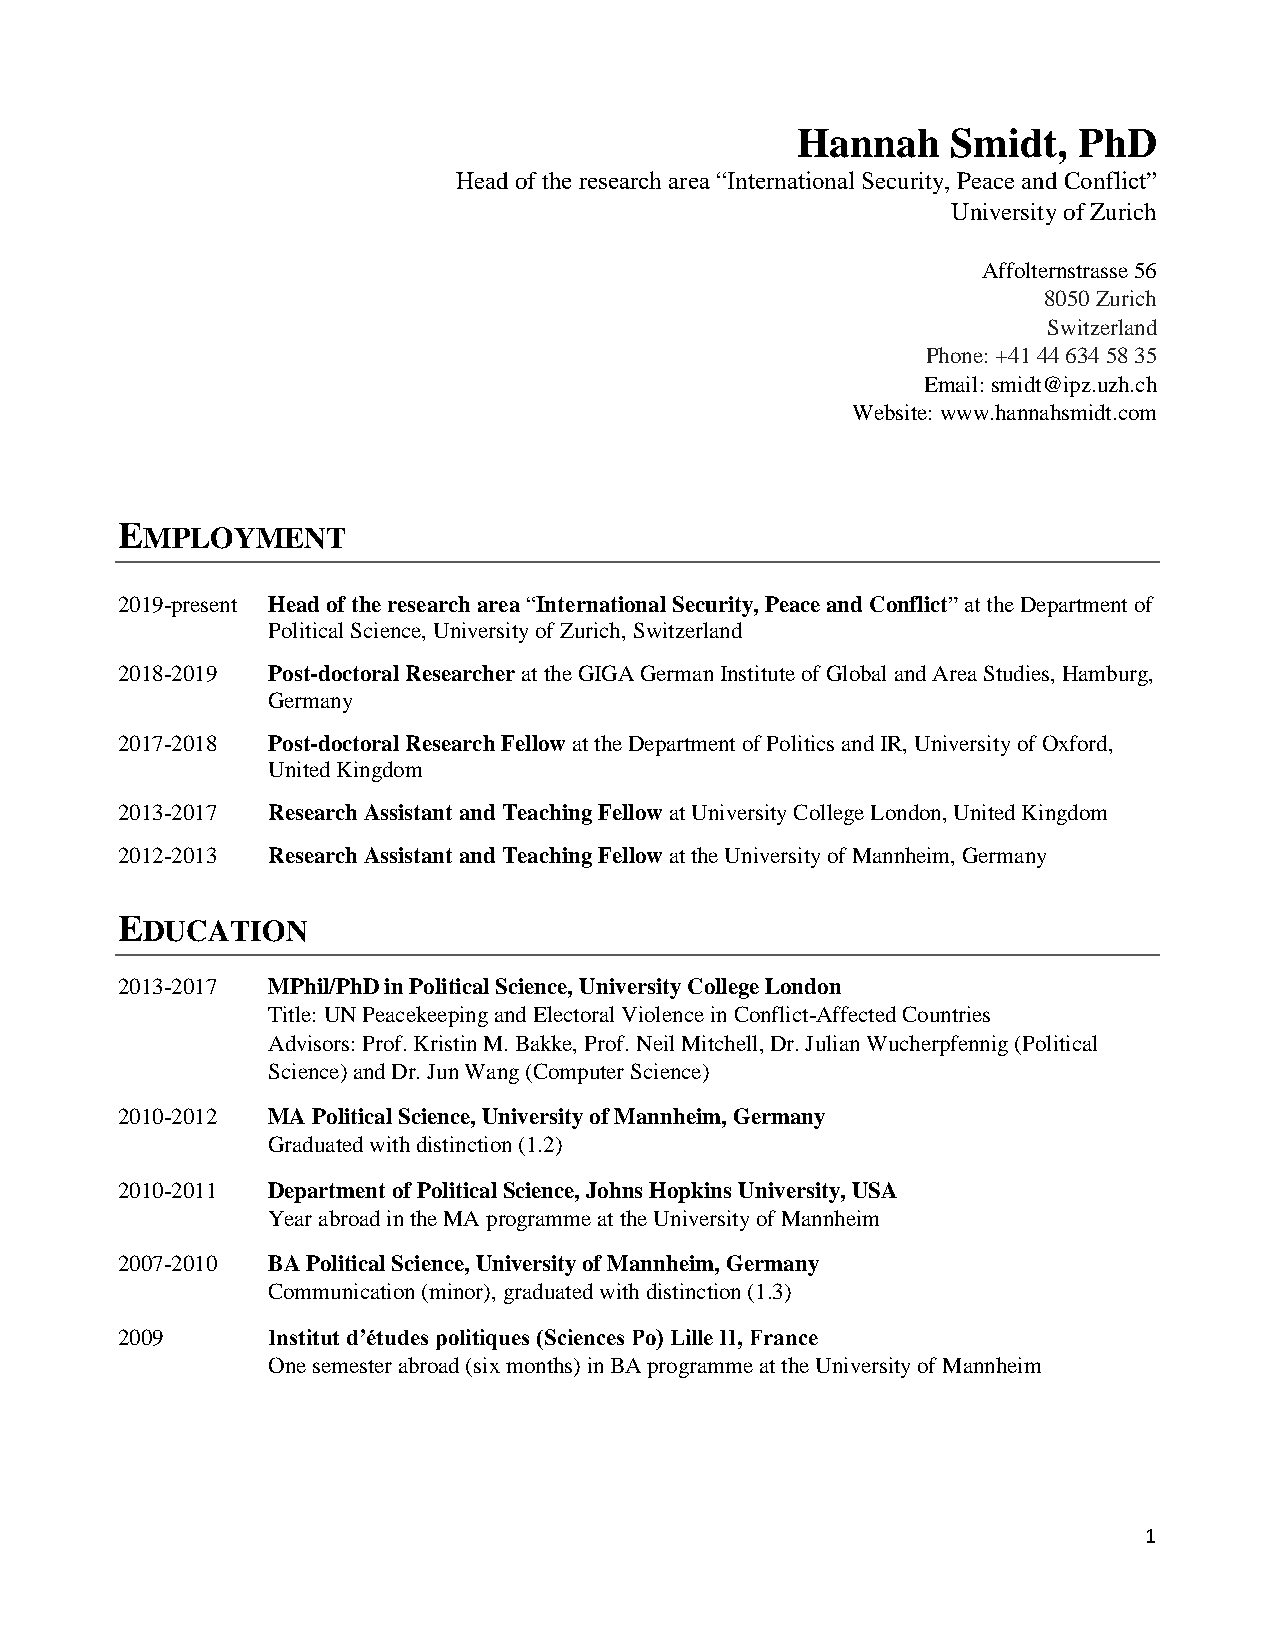
Hannah    Smidt,  PhD
 Head of the research area “International Security, Peace and Conflict”
 University of Zurich
 Affolternstrasse 56
 8050 Zurich
 Switzerland
 Phone: +41 44 634 58 35
 Email: smidt@ipz.uzh.ch
 Website: www.hannahsmidt.com
 EMPLOYMENT
 2019-present Head of the research area “International Security, Peace and Conflict” at the Department of
 Political Science, University of Zurich, Switzerland
 2018-2019 Post-doctoral Researcher at the GIGA German Institute of Global and Area Studies, Hamburg,
 Germany
 2017-2018 Post-doctoral Research Fellow at the Department of Politics and IR, University of Oxford,
 United Kingdom
 2013-2017 Research Assistant and Teaching Fellow at University College London, United Kingdom
 2012-2013 Research Assistant and Teaching Fellow at the University of Mannheim, Germany
 EDUCATION
 2013-2017 MPhil/PhD in Political Science, University College London
 Title: UN Peacekeeping and Electoral Violence in Conflict-Affected Countries
 Advisors: Prof. Kristin M. Bakke, Prof. Neil Mitchell, Dr. Julian Wucherpfennig (Political
 Science) and Dr. Jun Wang (Computer Science)
 2010-2012 MA Political Science, University of Mannheim, Germany
 Graduated with distinction (1.2)
 2010-2011 Department of Political Science, Johns Hopkins University, USA
 Year abroad in the MA programme at the University of Mannheim
 2007-2010 BA Political Science, University of Mannheim, Germany
 Communication (minor), graduated with distinction (1.3)
 2009      Institut d’études politiques (Sciences Po) Lille II, France
 One semester abroad (six months) in BA programme at the University of Mannheim
 1